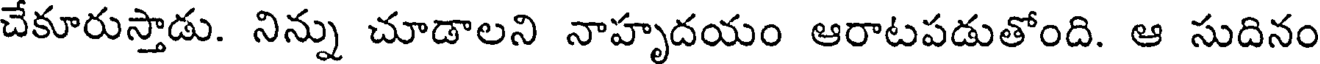
చేకూరుస్తాడు. నిన్ను చూడాలని నాహృదయం ఆరాటపడుతోంది. ఆ సుదినం